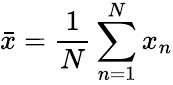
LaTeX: \bar{x}=\frac{1}{N}\sum_{n=1}^{N}x_{n}